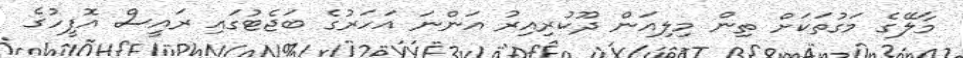
މާލޭގެ މަގުތަކަށް ތިން މިލިއަން ދޫކުރިއިރު އަންނަ އަހަރުގެ ބަޖެޓުގައި ރައީސް އޮފީހުގެ